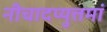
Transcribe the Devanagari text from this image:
नीचादप्युत्तमां